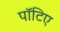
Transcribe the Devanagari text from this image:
पॉटिए